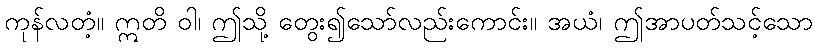
ကုန်လတံ့။ ဣတိ ဝါ၊ ဤသို့ တွေး၍သော်လည်းကောင်း။ အယံ၊ ဤအာပတ်သင့်သော